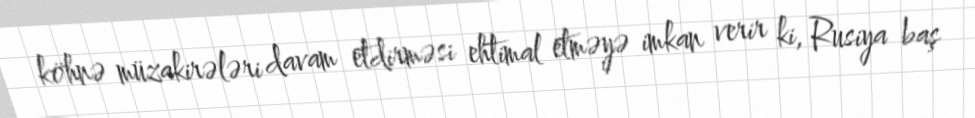
köhnə müzakirələri davam etdirməsi ehtimal etməyə imkan verir ki, Rusiya baş